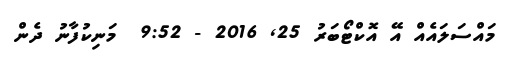
މައްސަލައެއް އޭ އޮކްޓޯބަރު 25